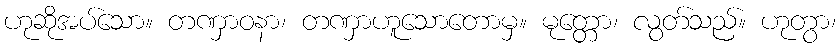
ဟုဆိုအပ်သော။ တဏှာဝနာ၊ တဏှာဟူသောတောမှ။ မုတ္တော၊ လွတ်သည်။ ဟုတွာ၊